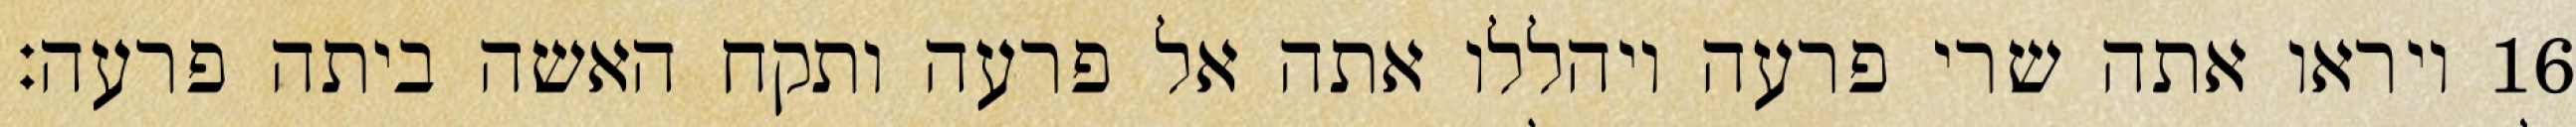
ויראו אתה שרי פרעה ויהללו אתה אל פרעה ותקח האשה ביתה פרעה׃ ‎16‏